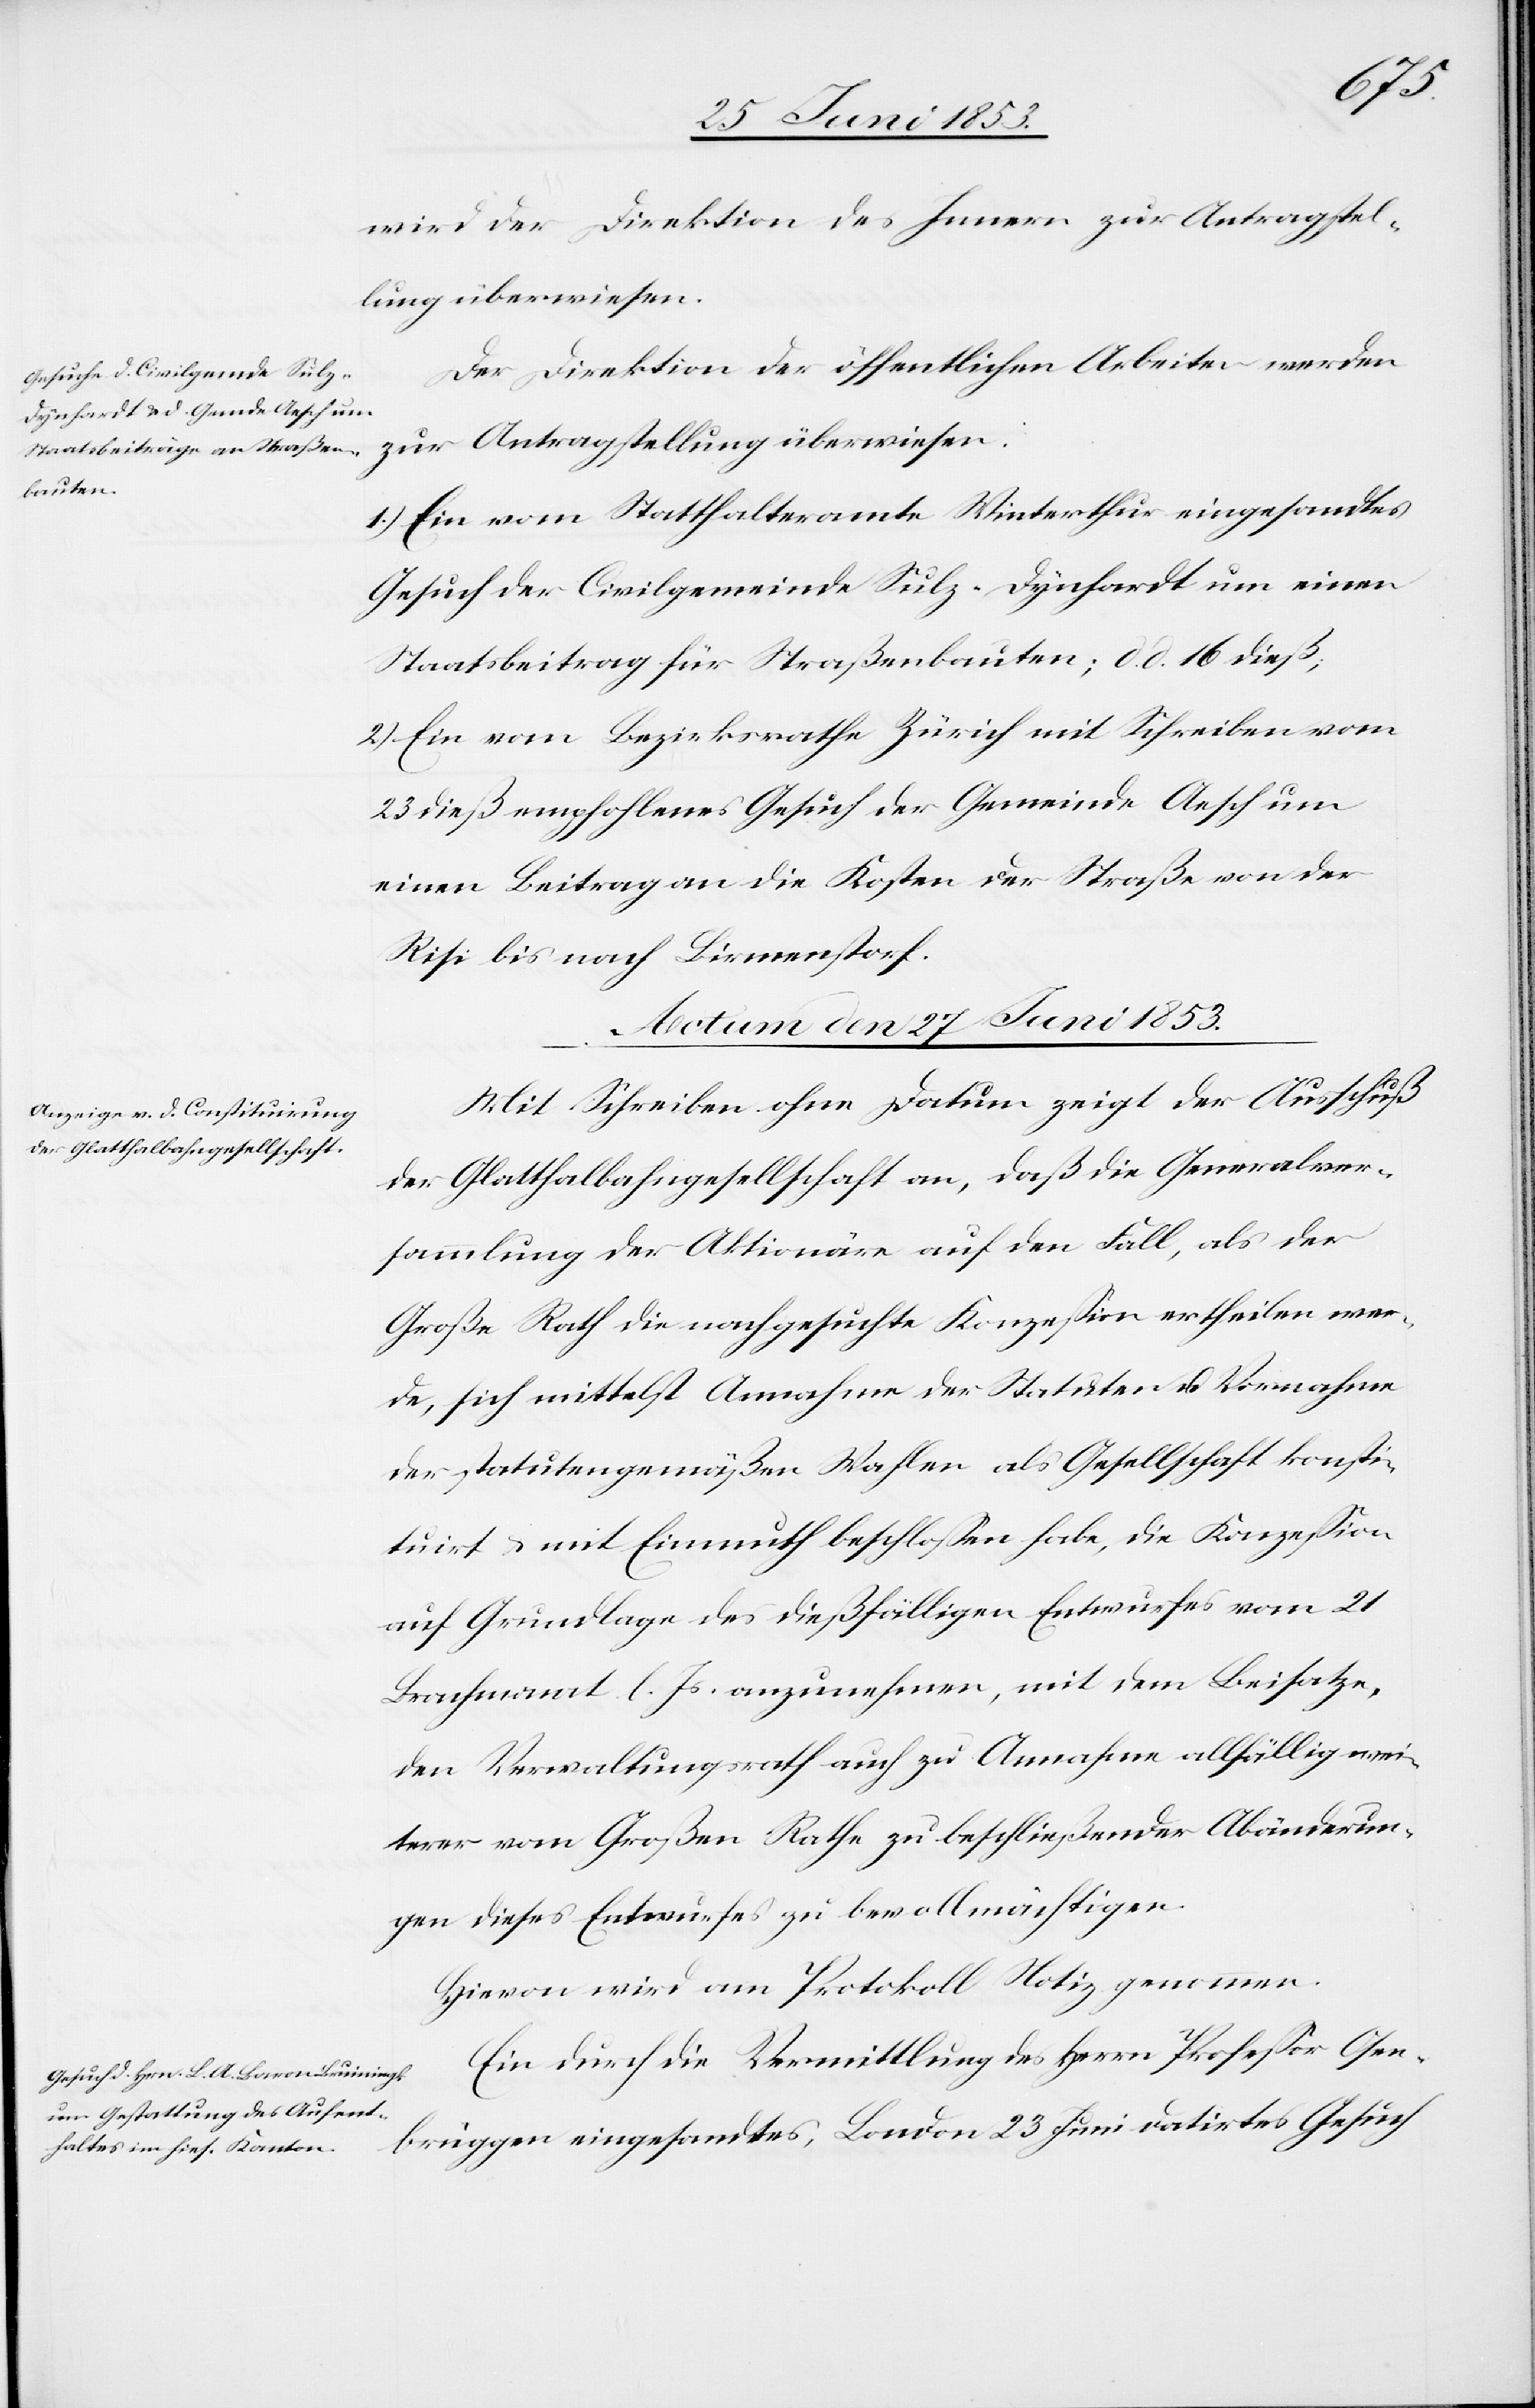
gstel¬
wird der Direktion des Innern zur Antragsstel¬
lung überwiesen:
Der Direktion der öffentlichen Arbeiten werden
1.) Ein vom Statthalteramte Winterthur eingesandtes
Gesuche der Civilgemeinde Sulz-Dynhardt um einen
Staatsbeitrag für Straßenbauten; d. d. 16 dieß;
2.) Ein vom Bezirksrathe Zürich mit Schreiben vom
23 dieß empfohlenes Gesuch der Gemeinde Aesch um
einen Beitrag an die Kosten der Straße von der
Risi bis nach Birmenstorf.
Actum den 27 Juni 1853.]
Mit Schreiben ohne Datum zeigt der Ausschuß
der Glatthalbahngesellschaft an, daß die Gemeindsver¬
sammlung der Aktionäre auf den Fall, als der
Große Rath die nachgesuchte Konzeßion ertheilen wer¬
de, sich mittelst Annahme der Statuten u. Vornahme
der statutengemäßen Wahlen als Gesellschaft konsti¬
tuirt u. mit Einmuth beschloßen habe, die Konzeßion
auf Grundlage des dießfälligen Entwurfes vom 21
Brachmonat l. Js. anzunehmen, mit dem Beisatze,
den Verwaltungsrath auch zu Annahme allfällig wei¬
terer vom Großen Rathe zu beschließenden Abänderun¬
gen dieses Entwurfes zu bevollmächtigen.
Hievon wird am Protokoll Notiz genommen.
Ein durch die Vermittlung des Herrn Profeßor Osen¬
brüggen eingesandtes, London 23 Juni datirtes Gesuch,